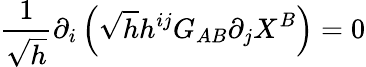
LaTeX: \frac{1}{\sqrt{h}}\partial_{i}\left(\sqrt{h}h^{ij}G_{AB}\partial_{j}X^{B}\right)=0